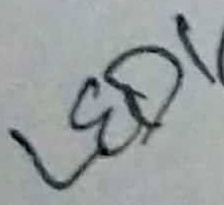
Text: LED1